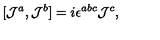
[ { \cal J } ^ { a } , { \cal J } ^ { b } ] = i \epsilon ^ { a b c } { \cal J } ^ { c } ,